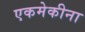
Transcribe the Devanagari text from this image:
एकमेकीना